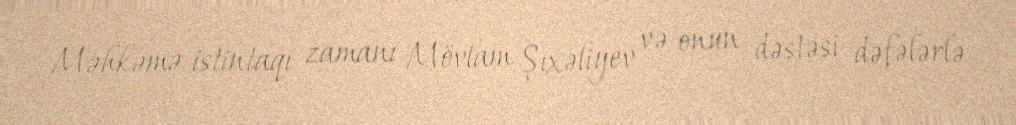
Məhkəmə istintaqı zamanı Mövlam Şıxəliyev və onun dəstəsi dəfələrlə